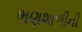
ભણશાળીની